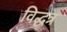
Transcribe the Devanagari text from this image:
विद्धत्र